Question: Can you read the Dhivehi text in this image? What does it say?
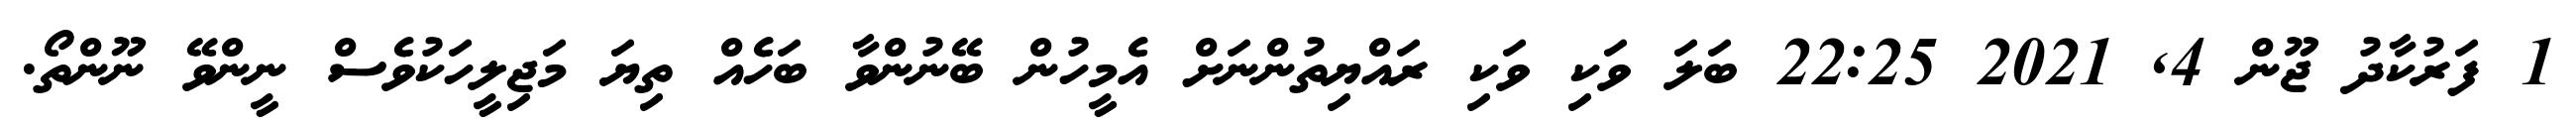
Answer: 1 ފަރުކާދު ޖޫން 4, 2021 22:25 ބަލަ ވަކި ވަކި ރައްޔިތުންނަށް އެމީހުން ބޭނުންވާ ބަހެއް ތިޔަ މަޖިލީހަކުވެސް ނީންވޭ ނޫންތޯ.